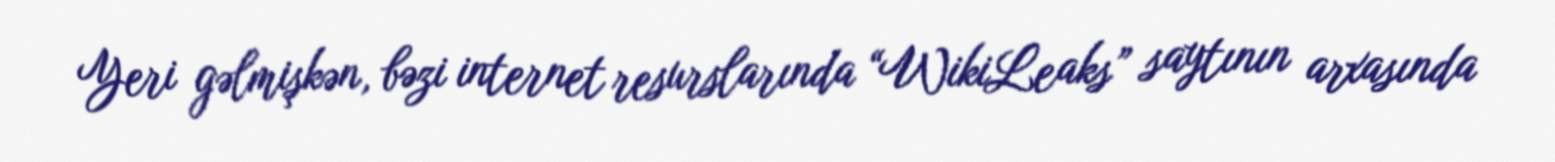
Yeri gəlmişkən, bəzi internet resurslarında “WikiLeaks” saytının arxasında